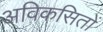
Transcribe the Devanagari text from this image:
अविकसितों